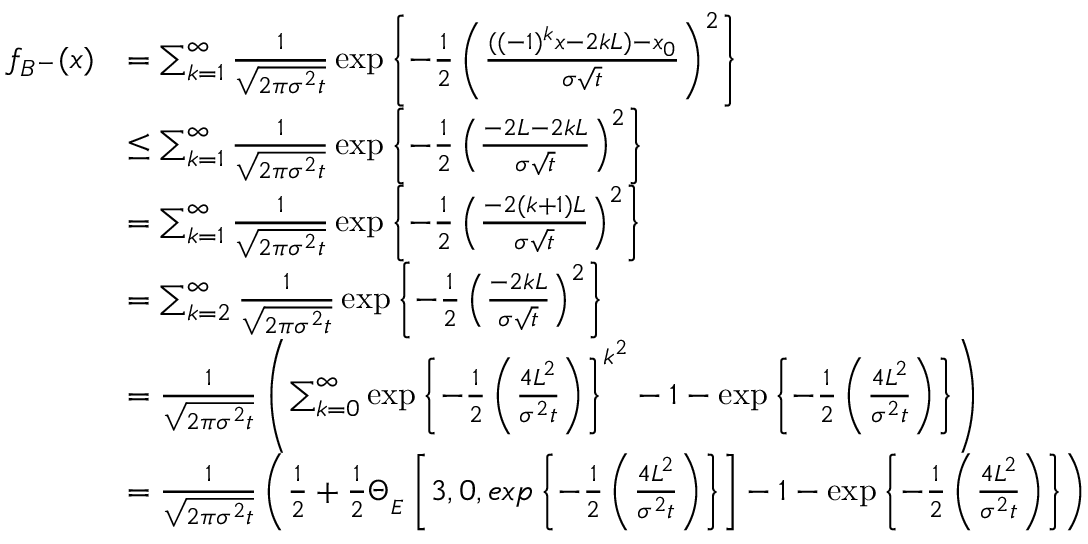
\begin{array} { r l } { f _ { B ^ { - } } ( x ) } & { = \sum _ { k = 1 } ^ { \infty } \frac { 1 } { \sqrt { 2 \pi \sigma ^ { 2 } t } } \exp \left\lbrace - \frac { 1 } { 2 } \left( \frac { ( ( - 1 ) ^ { k } x - 2 k L ) - x _ { 0 } } { \sigma \sqrt { t } } \right) ^ { 2 } \right\rbrace } \\ & { \leq \sum _ { k = 1 } ^ { \infty } \frac { 1 } { \sqrt { 2 \pi \sigma ^ { 2 } t } } \exp \left\lbrace - \frac { 1 } { 2 } \left( \frac { - 2 L - 2 k L } { \sigma \sqrt { t } } \right) ^ { 2 } \right\rbrace } \\ & { = \sum _ { k = 1 } ^ { \infty } \frac { 1 } { \sqrt { 2 \pi \sigma ^ { 2 } t } } \exp \left\lbrace - \frac { 1 } { 2 } \left( \frac { - 2 ( k + 1 ) L } { \sigma \sqrt { t } } \right) ^ { 2 } \right\rbrace } \\ & { = \sum _ { k = 2 } ^ { \infty } \frac { 1 } { \sqrt { 2 \pi \sigma ^ { 2 } t } } \exp \left\lbrace - \frac { 1 } { 2 } \left( \frac { - 2 k L } { \sigma \sqrt { t } } \right) ^ { 2 } \right\rbrace } \\ & { = \frac { 1 } { \sqrt { 2 \pi \sigma ^ { 2 } t } } \left( \sum _ { k = 0 } ^ { \infty } \exp \left\lbrace - \frac { 1 } { 2 } \left( \frac { 4 L ^ { 2 } } { \sigma ^ { 2 } t } \right) \right\rbrace ^ { k ^ { 2 } } - 1 - \exp \left\lbrace - \frac { 1 } { 2 } \left( \frac { 4 L ^ { 2 } } { \sigma ^ { 2 } t } \right) \right\rbrace \right) } \\ & { = \frac { 1 } { \sqrt { 2 \pi \sigma ^ { 2 } t } } \left( \frac { 1 } { 2 } + \frac { 1 } { 2 } \Theta _ { _ { E } } \left[ 3 , 0 , e x p \left\lbrace - \frac { 1 } { 2 } \left( \frac { 4 L ^ { 2 } } { \sigma ^ { 2 } t } \right) \right\rbrace \right] - 1 - \exp \left\lbrace - \frac { 1 } { 2 } \left( \frac { 4 L ^ { 2 } } { \sigma ^ { 2 } t } \right) \right\rbrace \right) } \end{array}